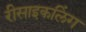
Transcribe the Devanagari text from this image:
रीसाइकलिंग